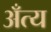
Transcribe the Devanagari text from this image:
अँत्य